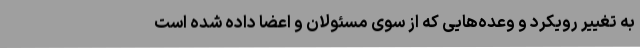
به تغییر رویکرد و وعده‌هایی که از سوی مسئولان و اعضا داده شده است